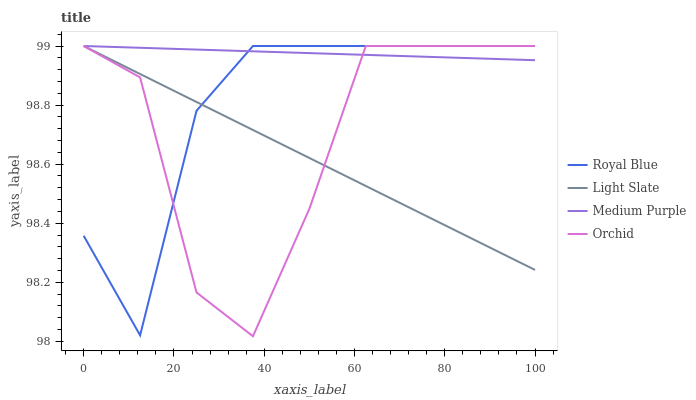
| xaxis_label | Royal Blue | Light Slate | Medium Purple | Orchid |
 | --- | --- | --- | --- | --- |
 | 0 | 98.4 | 99 | 99 | 99 |
 | 12.5 | 98 | 98.9 | 99 | 98.9 |
 | 25 | 98.8 | 98.8 | 99 | 98.2 |
 | 37.5 | 99 | 98.7 | 99 | 98 |
 | 50 | 99 | 98.6 | 99 | 98.4 |
 | 62.5 | 99 | 98.5 | 99 | 99 |
 | 75 | 99 | 98.4 | 99 | 99 |
 | 87.5 | 99 | 98.3 | 99 | 99 |
 | 100 | 99 | 98.2 | 99 | 99 |